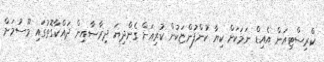
ކްރިސްޓިއަން އެއިޑް ނަމަކަށް ކިޔާ ކުންފުންޏަކުން ކުރިއަށް ގެންދިޔަ ދިރާސާއިން ދައްކާގޮތުގައި މޫސުމަށް